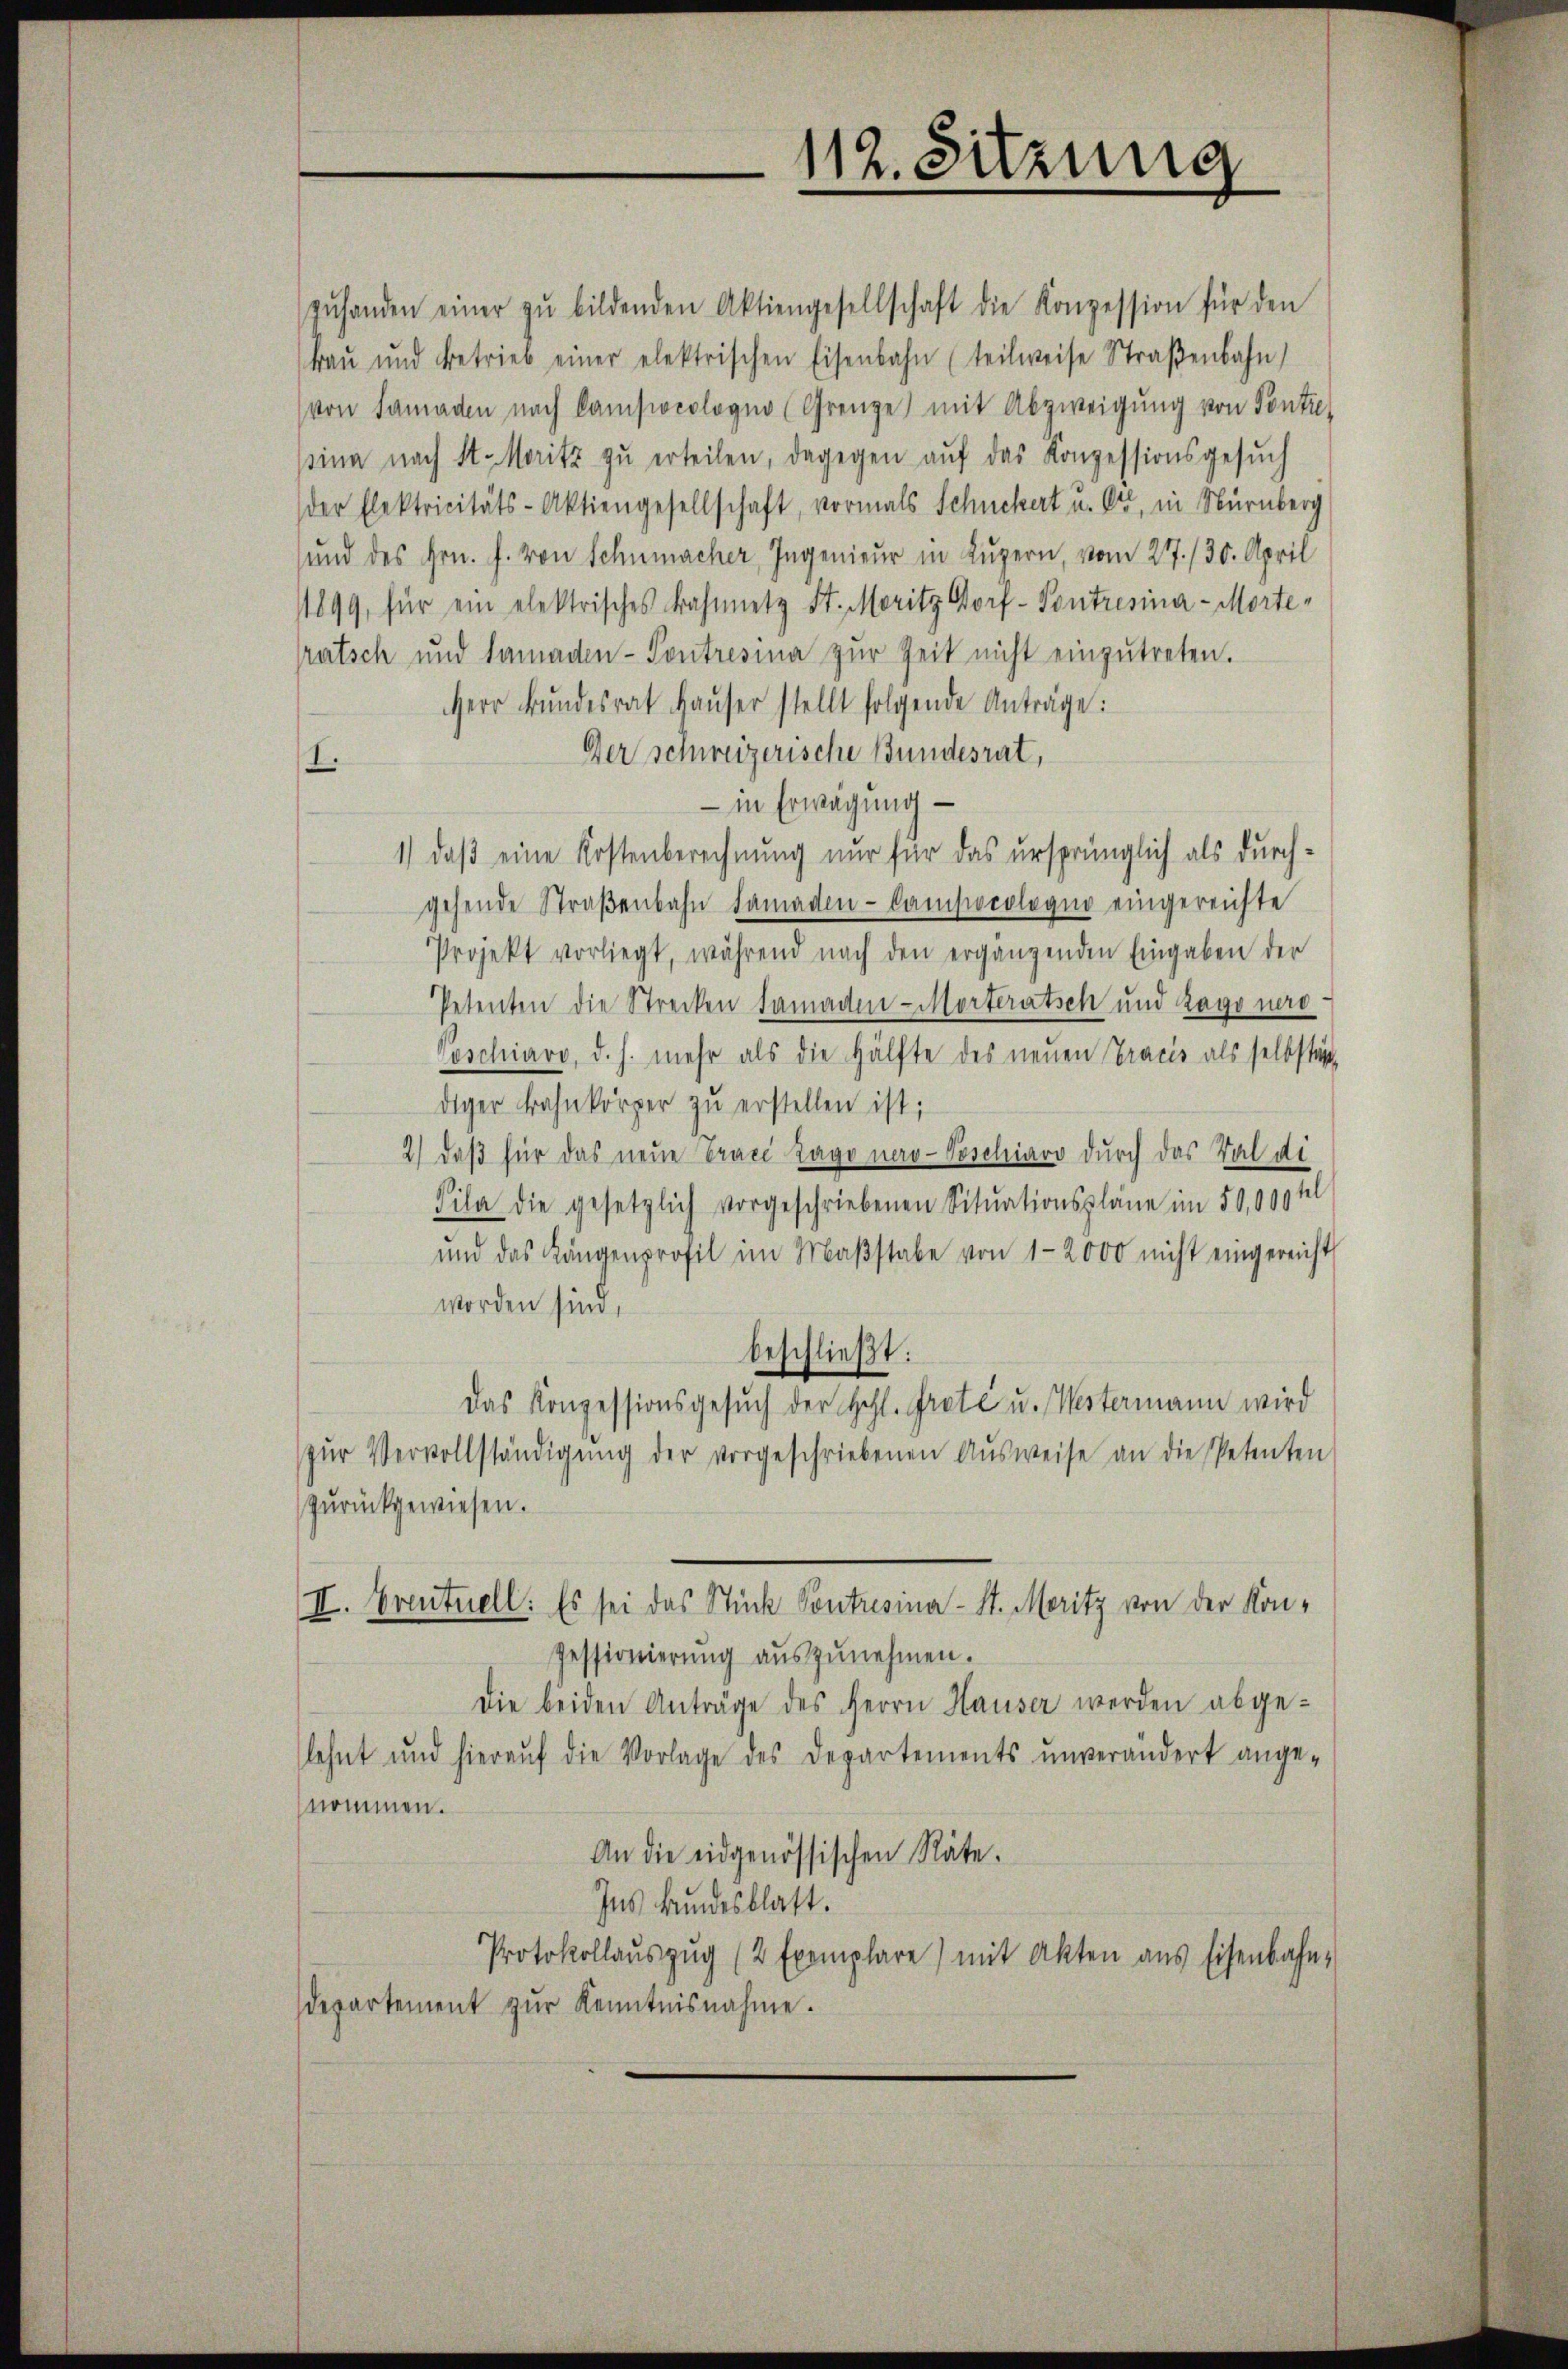
zŭhanden einer zŭ bildenden Aktiengesellschaft die Konzession für den
bau und betrieb einer elektrischen Eisenbahn (teilweise Straβenbahn
von Samaden nach Compocologna (Grenze) mit Abzweigung von Pontie
sina nach St. Moritz zŭ erteilen, dagegen aŭf das Konzessionsgesŭch
der Elektricitäts-Aktiengesellschaft, vormals Schuckert u. Ort, in Nürnberg
und des Hrn. J. von Schumacher Ingenieur in Luzern, vom 27./30. April
11899, für ein elektrisches Bahnitz St. Moritz Dorf- Pontresina-Morterutsch und Samaden-Pontresia zur Zeit nicht einzŭtreten.
Herr Bundesrat Haŭser stellt folgende Anträge:
Der schweizerische Bundesrat,
I.
– in Erwägung
1) daß eine Kostenberechnung nur für das ursprünglich als durchgehende Straßenbahn Samaden-Compocolegio eingereichte
Projekt vorliegt, während nach den ergängenden Eingaben der
Petenten die Strecken Samaden-Morteratsch und Zagonero
Veschiavo, d. h. mehr als die Hälfte des neuen Tracés als selbstän
diger Bahnkörper zŭ erstellen ist;
2) daß für das neue Trace Zago nerv-Poschiavo durch das Tal di
Sila die gesetzlich vorgeschriebenen Situationspläne im 50,000 fl
und das Längenprofil im Maβstabe von 12000 nicht eingereicht
worden sind,
beschließt:
Das Konzessionsgesuch der Hohl. Grete u. Westermann wird
zŭr Vervollständigŭng der vorgeschriebenen Aŭsweise an die Petenten
zŭrückgewiesen.
II. Eventuell: Es sei das Stück Contresina - St. Moritz von der Kon-
Pessionierŭng aŭszŭnehmen.
Die beiden Anträge des Herrn Hauser werden abgelehnt und hieraŭf die Vorlage des Departements unverändert ange-
nommen.
An die eidgenössischen Räte.
Ins Bundesblatt.
Protokollauszug (2 Exemplare) mit Akten aus Eisenbahn-
departement zur Kenntnisnahme.

112. Sitzung